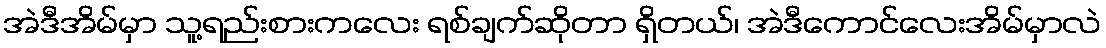
အဲဒီအိမ်မှာ သူ့ရည်းစားကလေး ရစ်ချက်ဆိုတာ ရှိတယ်၊ အဲဒီကောင်လေးအိမ်မှာလဲ